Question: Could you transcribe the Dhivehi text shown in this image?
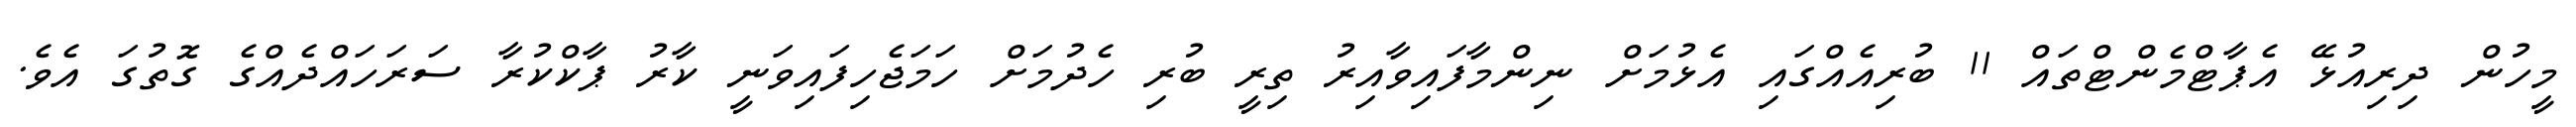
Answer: މީހުން ދިރިއުޅޭ އެޕާޓްމެންޓްތައް 11 ބުރިއެއްގައި އެޅުމަށް ނިންމާފައިވާއިރު ތިރީ ބުރި ހެދުމަށް ހަމަޖެހިފައިވަނީ ކާރު ޕާކްކުރާ ސަރަހައްދެއްގެ ގޮތުގަ އެވެ.